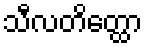
သီလတိတ္ထော